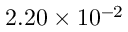
2 . 2 0 \times 1 0 ^ { - 2 }